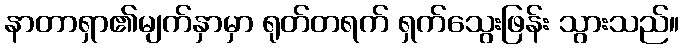
နာတာရှာ၏မျက်နှာမှာ ရုတ်တရက် ရှက်သွေးဖြန်း သွားသည်။